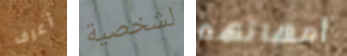
أعرف لشخصية أمهاتهم